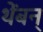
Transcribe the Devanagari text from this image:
थेंबन्